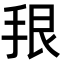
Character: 𪭳